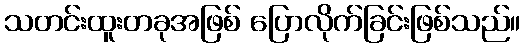
သတင်းထူးတခုအဖြစ် ပြောလိုက်ခြင်းဖြစ်သည်။